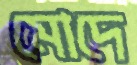
মোদে